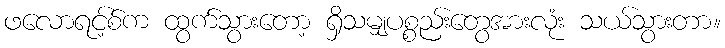
ဖလောရင့်စ်က ထွက်သွားတော့ ရှိသမျှပစ္စည်းတွေအားလုံး သယ်သွားတာ။